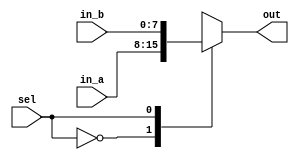
module mux8_2(in_a, in_b, sel, out);

	input [7:0] in_a, in_b;
	input sel;
	output reg [7:0] out;

always @(sel)
  begin
        case (sel)
        1'b0 : out = in_a;
        1'b1 : out = in_b;
	   default out = 8'b00000000;
        endcase
  end

endmodule